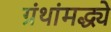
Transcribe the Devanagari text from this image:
ग्रंथांमद्ध्ये